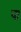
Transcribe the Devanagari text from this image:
घा